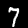
Label: 7